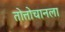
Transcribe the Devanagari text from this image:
तोत्तोचानला